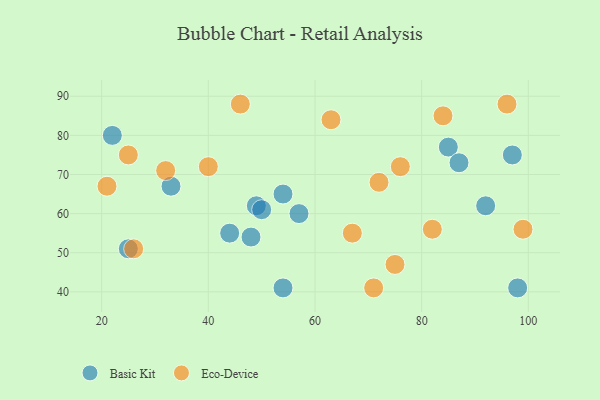
{"axis": {"x": "GDP", "y": "Life Expectancy"}, "legend": ["Basic Kit", "Eco-Device"], "data": [{"x": "92", "y": 62, "type": "Basic Kit"}, {"x": "49", "y": 62, "type": "Basic Kit"}, {"x": "98", "y": 41, "type": "Basic Kit"}, {"x": "97", "y": 75, "type": "Basic Kit"}, {"x": "57", "y": 60, "type": "Basic Kit"}, {"x": "48", "y": 54, "type": "Basic Kit"}, {"x": "25", "y": 51, "type": "Basic Kit"}, {"x": "50", "y": 61, "type": "Basic Kit"}, {"x": "44", "y": 55, "type": "Basic Kit"}, {"x": "85", "y": 77, "type": "Basic Kit"}, {"x": "33", "y": 67, "type": "Basic Kit"}, {"x": "22", "y": 80, "type": "Basic Kit"}, {"x": "87", "y": 73, "type": "Basic Kit"}, {"x": "54", "y": 41, "type": "Basic Kit"}, {"x": "54", "y": 65, "type": "Basic Kit"}, {"x": "71", "y": 41, "type": "Eco-Device"}, {"x": "82", "y": 56, "type": "Eco-Device"}, {"x": "84", "y": 85, "type": "Eco-Device"}, {"x": "63", "y": 84, "type": "Eco-Device"}, {"x": "26", "y": 51, "type": "Eco-Device"}, {"x": "40", "y": 72, "type": "Eco-Device"}, {"x": "67", "y": 55, "type": "Eco-Device"}, {"x": "32", "y": 71, "type": "Eco-Device"}, {"x": "46", "y": 88, "type": "Eco-Device"}, {"x": "72", "y": 68, "type": "Eco-Device"}, {"x": "75", "y": 47, "type": "Eco-Device"}, {"x": "99", "y": 56, "type": "Eco-Device"}, {"x": "96", "y": 88, "type": "Eco-Device"}, {"x": "76", "y": 72, "type": "Eco-Device"}, {"x": "21", "y": 67, "type": "Eco-Device"}, {"x": "25", "y": 75, "type": "Eco-Device"}]}